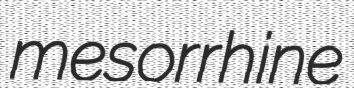
mesorrhine